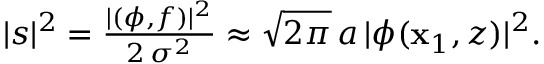
\begin{array} { r } { | s | ^ { 2 } = \frac { | ( \phi , f ) | ^ { 2 } } { 2 \, \sigma ^ { 2 } } \approx \sqrt { 2 \pi } \, a \, | \phi ( \mathbf { x } _ { 1 } , z ) | ^ { 2 } . } \end{array}